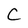
Character: C